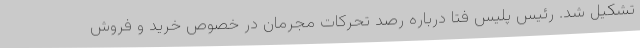
تشکیل شد. رئیس پلیس فتا درباره رصد تحرکات مجرمان در خصوص خرید و فروش